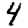
Digit: 4